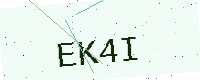
Text: EK4I